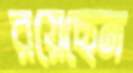
রয়েছেন